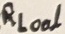
Text: RLoal